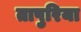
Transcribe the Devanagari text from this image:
तापुरिया